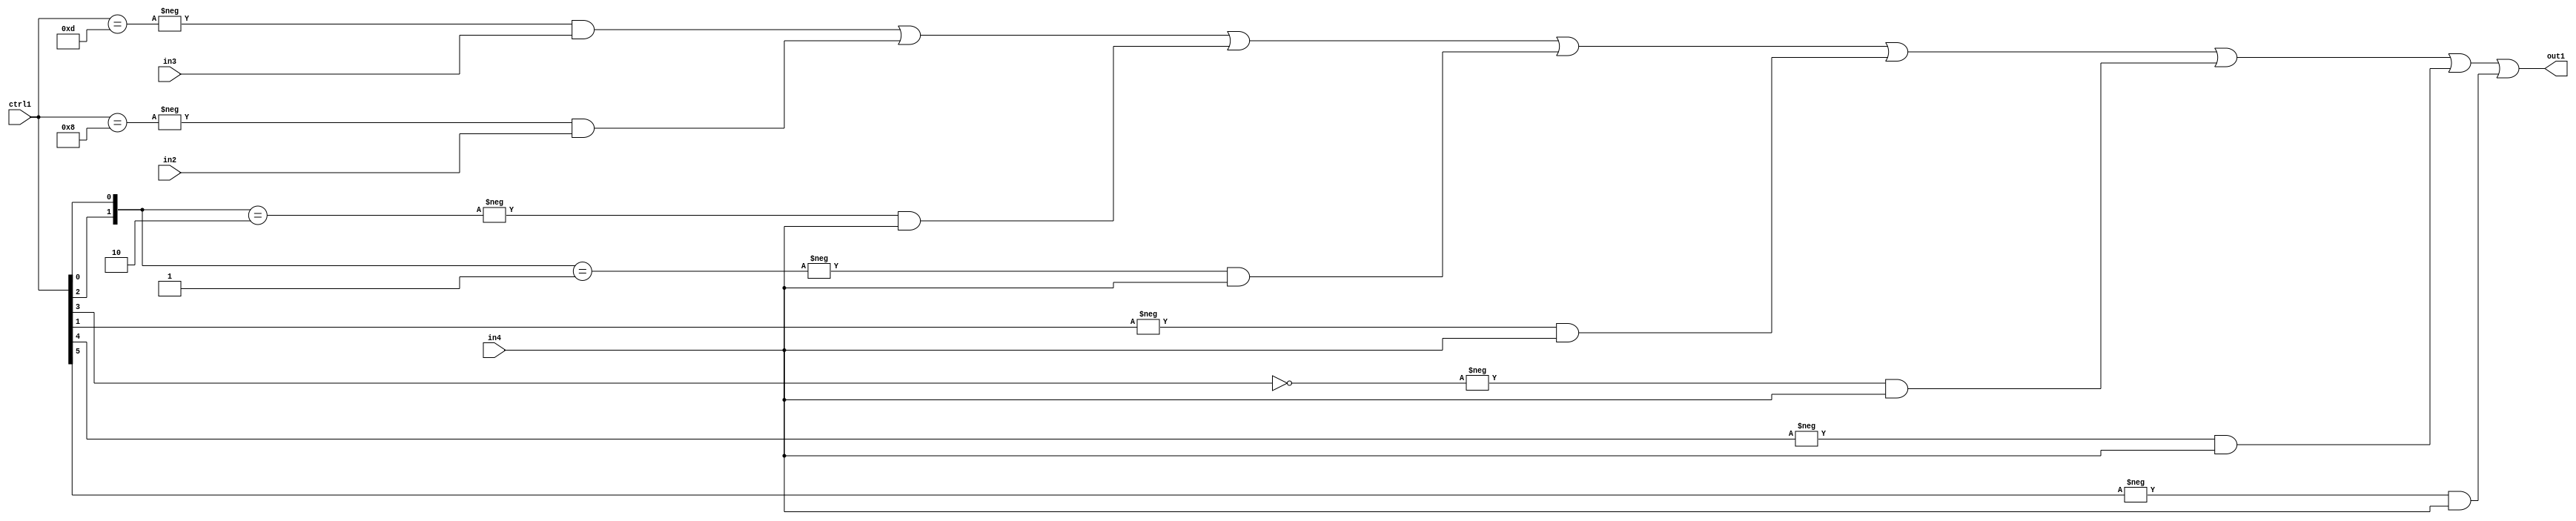
`timescale 1ps / 1ps
/*****************************************************************************
    Verilog RTL Description
    
    
    Created by: Stratus DpOpt 21.05.01 
*******************************************************************************/

module SobelFilter_N_Mux_32_3_84_1 (
	in4,
	in3,
	in2,
	ctrl1,
	out1
	); /* architecture "behavioural" */ 
input [31:0] in4;
input [8:0] in3,
	in2;
input [5:0] ctrl1;
output [31:0] out1;
wire [31:0] asc001;

assign asc001 = 
	-{ctrl1 == 6'B001101} & in3 |
	-{ctrl1 == 6'B001000} & in2 |
	-{{ctrl1[2], ctrl1[0]} == 2'B10} & in4 |
	-{{ctrl1[2], ctrl1[0]} == 2'B01} & in4 |
	-{ctrl1[1] == 1'B1} & in4 |
	-{ctrl1[3] == 1'B0} & in4 |
	-{ctrl1[4] == 1'B1} & in4 |
	-{ctrl1[5] == 1'B1} & in4 ;

assign out1 = asc001;
endmodule

/* CADENCE  v7n0TAk= : u9/ySxbfrwZIxEzHVQQV8Q== ** DO NOT EDIT THIS LINE ******/